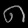
Digit: ၈